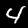
Digit: 4